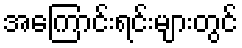
အကြောင်းရင်းများတွင်